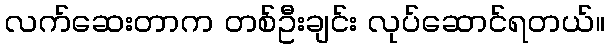
လက်ဆေးတာက တစ်ဦးချင်း လုပ်ဆောင်ရတယ်။